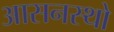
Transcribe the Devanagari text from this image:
आसनस्थो